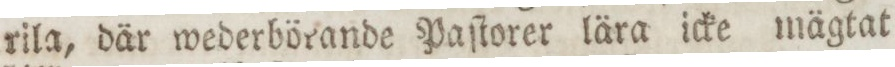
rila, där wederbörande Paſtorer lära icke mägtat